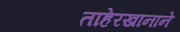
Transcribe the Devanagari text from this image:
ताहेरखानाने